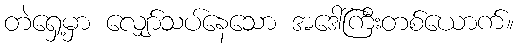
တဲရှေ့မှာ လျှော်သပ်နေသော အဒေါ်ကြီးတစ်ယောက်။